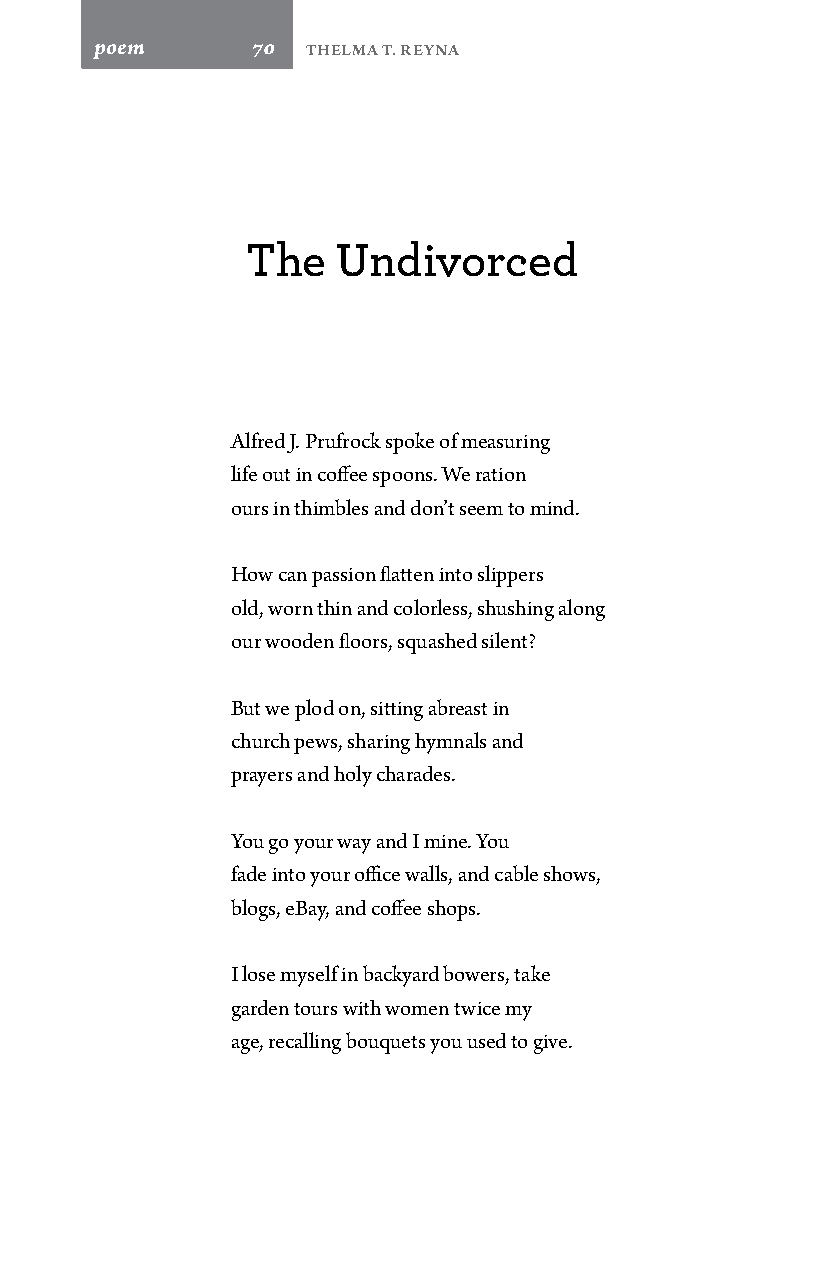
poem       70 Thelma T. Reyna
 The   Undivorced
 Alfred J. Prufrock spoke of measuring
 life out in coffee spoons. We ration
 ours in thimbles and don’t seem to mind.
 How can passion flatten into slippers
 old, worn thin and colorless, shushing along
 our wooden floors, squashed silent?
 But we plod on, sitting abreast in
 church pews, sharing hymnals and
 prayers and holy charades.
 You go your way and I mine. You
 fade into your office walls, and cable shows,
 blogs, eBay, and coffee shops.
 I lose myself in backyard bowers, take
 garden tours with women twice my
 age, recalling bouquets you used to give.